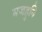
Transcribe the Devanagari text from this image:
मजहुनि